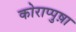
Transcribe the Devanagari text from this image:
कोराप्पुष़ा